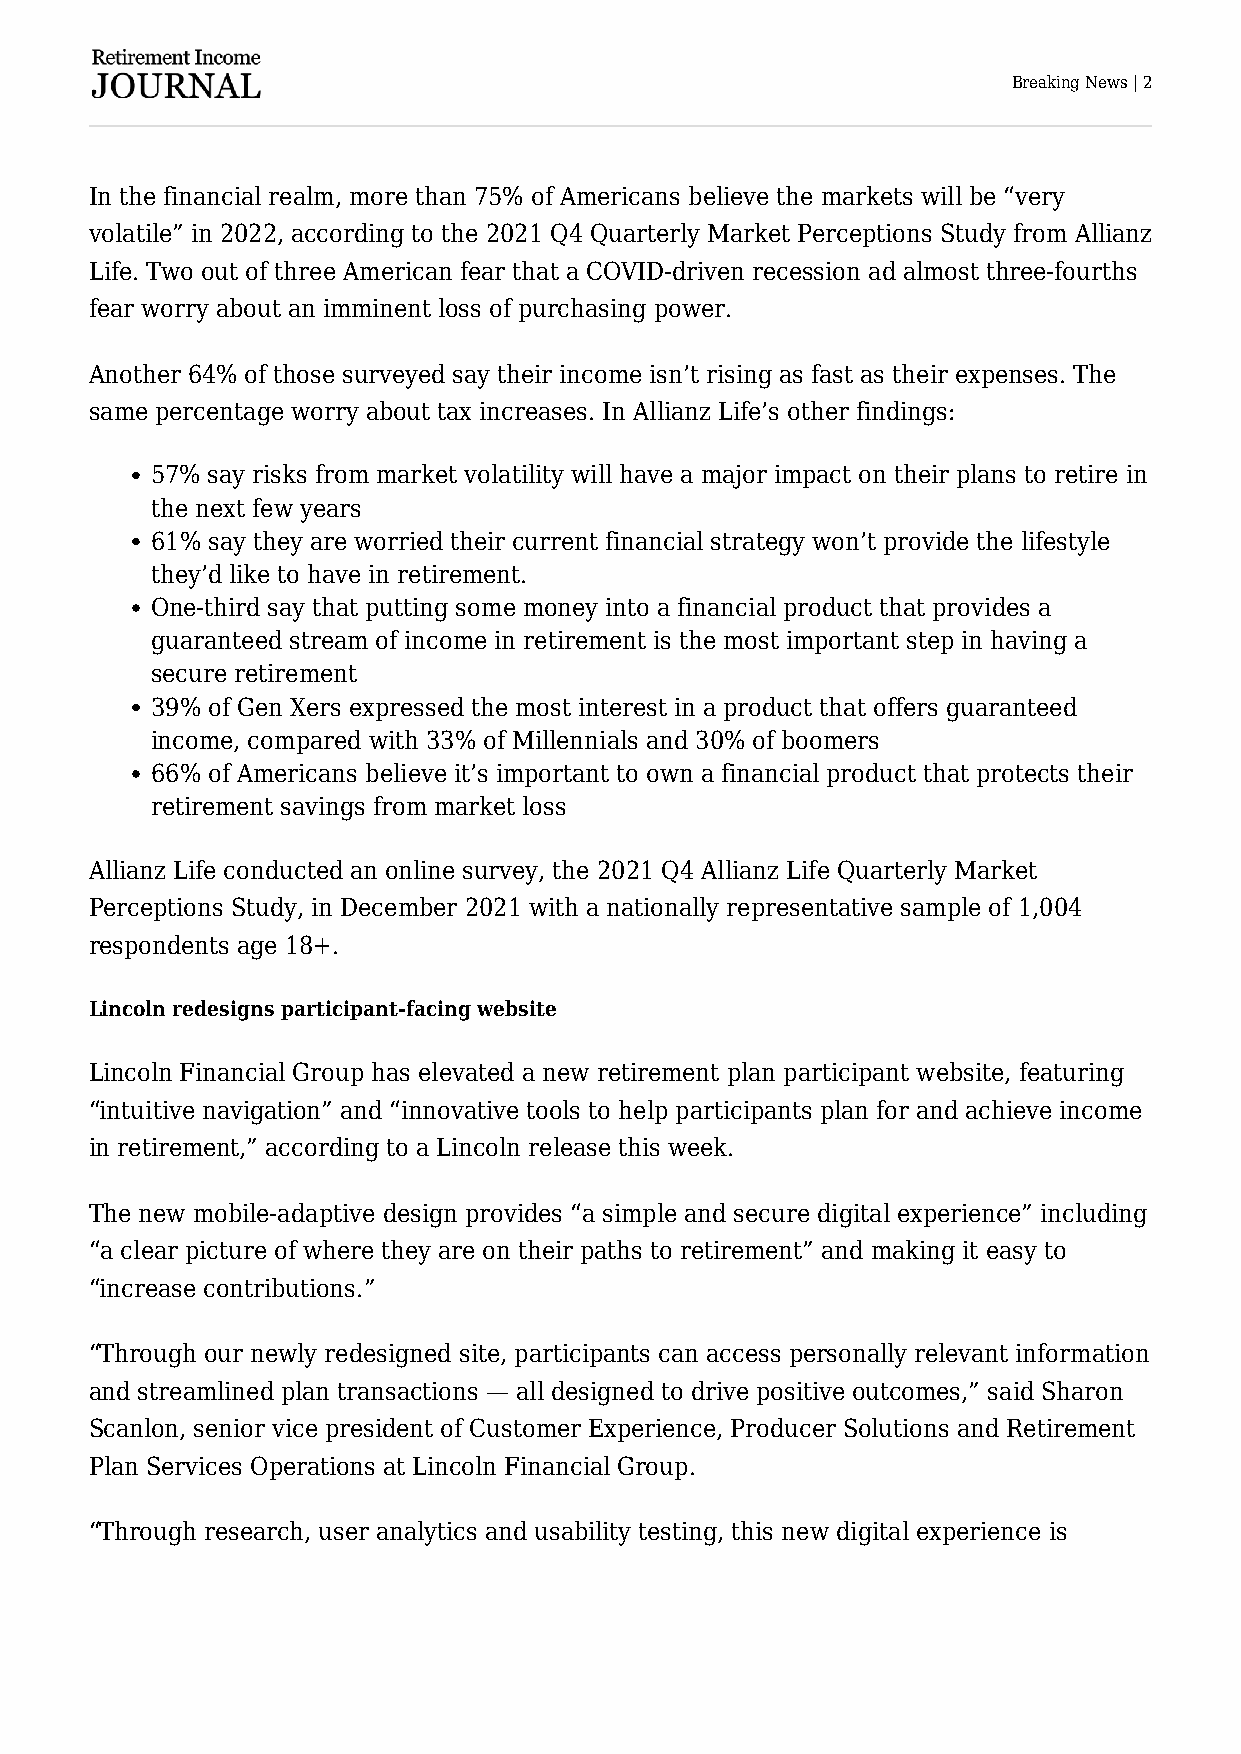
Breaking News | 2
 In the financial realm, more than 75% of Americans believe the markets will be “very
 volatile” in 2022, according to the 2021 Q4 Quarterly Market Perceptions Study from Allianz
 Life. Two out of three American fear that a COVID-driven recession ad almost three-fourths
 fear worry about an imminent loss of purchasing power.
 Another 64% of those surveyed say their income isn’t rising as fast as their expenses. The
 same percentage worry about tax increases. In Allianz Life’s other findings:
 57% say risks from market volatility will have a major impact on their plans to retire in
 the next few years
 61% say they are worried their current financial strategy won’t provide the lifestyle
 they’d like to have in retirement.
 One-third say that putting some money into a financial product that provides a
 guaranteed stream of income in retirement is the most important step in having a
 secure retirement
 39% of Gen Xers expressed the most interest in a product that offers guaranteed
 income, compared with 33% of Millennials and 30% of boomers
 66% of Americans believe it’s important to own a financial product that protects their
 retirement savings from market loss
 Allianz Life conducted an online survey, the 2021 Q4 Allianz Life Quarterly Market
 Perceptions Study, in December 2021 with a nationally representative sample of 1,004
 respondents age 18+.
 Lincoln redesigns participant-facing website
 Lincoln Financial Group has elevated a new retirement plan participant website, featuring
 “intuitive navigation” and “innovative tools to help participants plan for and achieve income
 in retirement,” according to a Lincoln release this week.
 The new mobile-adaptive design provides “a simple and secure digital experience” including
 “a clear picture of where they are on their paths to retirement” and making it easy to
 “increase contributions.”
 “Through our newly redesigned site, participants can access personally relevant information
 and streamlined plan transactions — all designed to drive positive outcomes,” said Sharon
 Scanlon, senior vice president of Customer Experience, Producer Solutions and Retirement
 Plan Services Operations at Lincoln Financial Group.
 “Through research, user analytics and usability testing, this new digital experience is